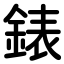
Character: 錶